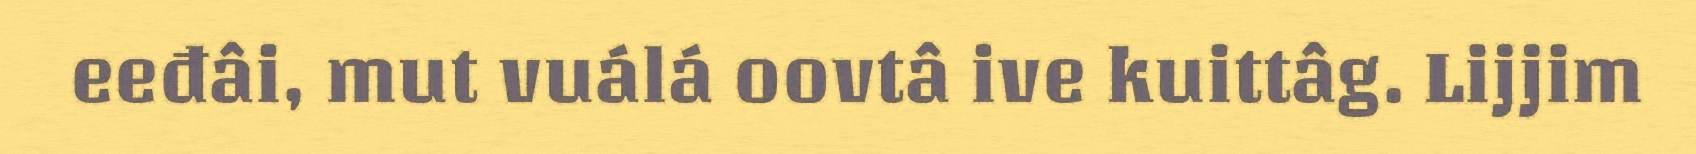
eeđâi, mut vuálá oovtâ ive kuittâg. Lijjim